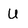
Character: U